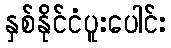
နှစ်နိုင်ငံပူးပေါင်း